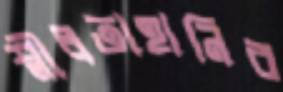
শ্লীলতাহানির